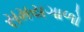
સમયગાળો